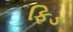
ફિડ